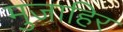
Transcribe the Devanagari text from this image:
मुजाहिर